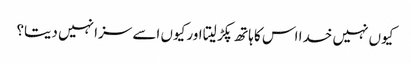
کیوں نہیں خدا اس کا ہاتھ پکڑ لیتا اور کیوں اسے سزا نہیں دیتا؟